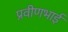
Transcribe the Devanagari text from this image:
प्रवीणभाई